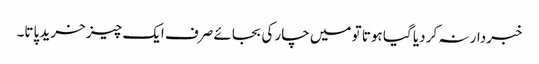
خبردار نہ کر دیا گیا ہوتا تو میں چار کی بجائے صرف ایک چیز خرید پاتا۔